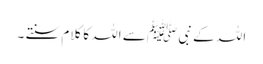
اللہ کے نبی ﷺ سے اللہ کا کلام سنتے ۔